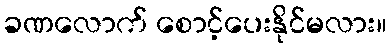
ခဏလောက် စောင့်ပေးနိုင်မလား။